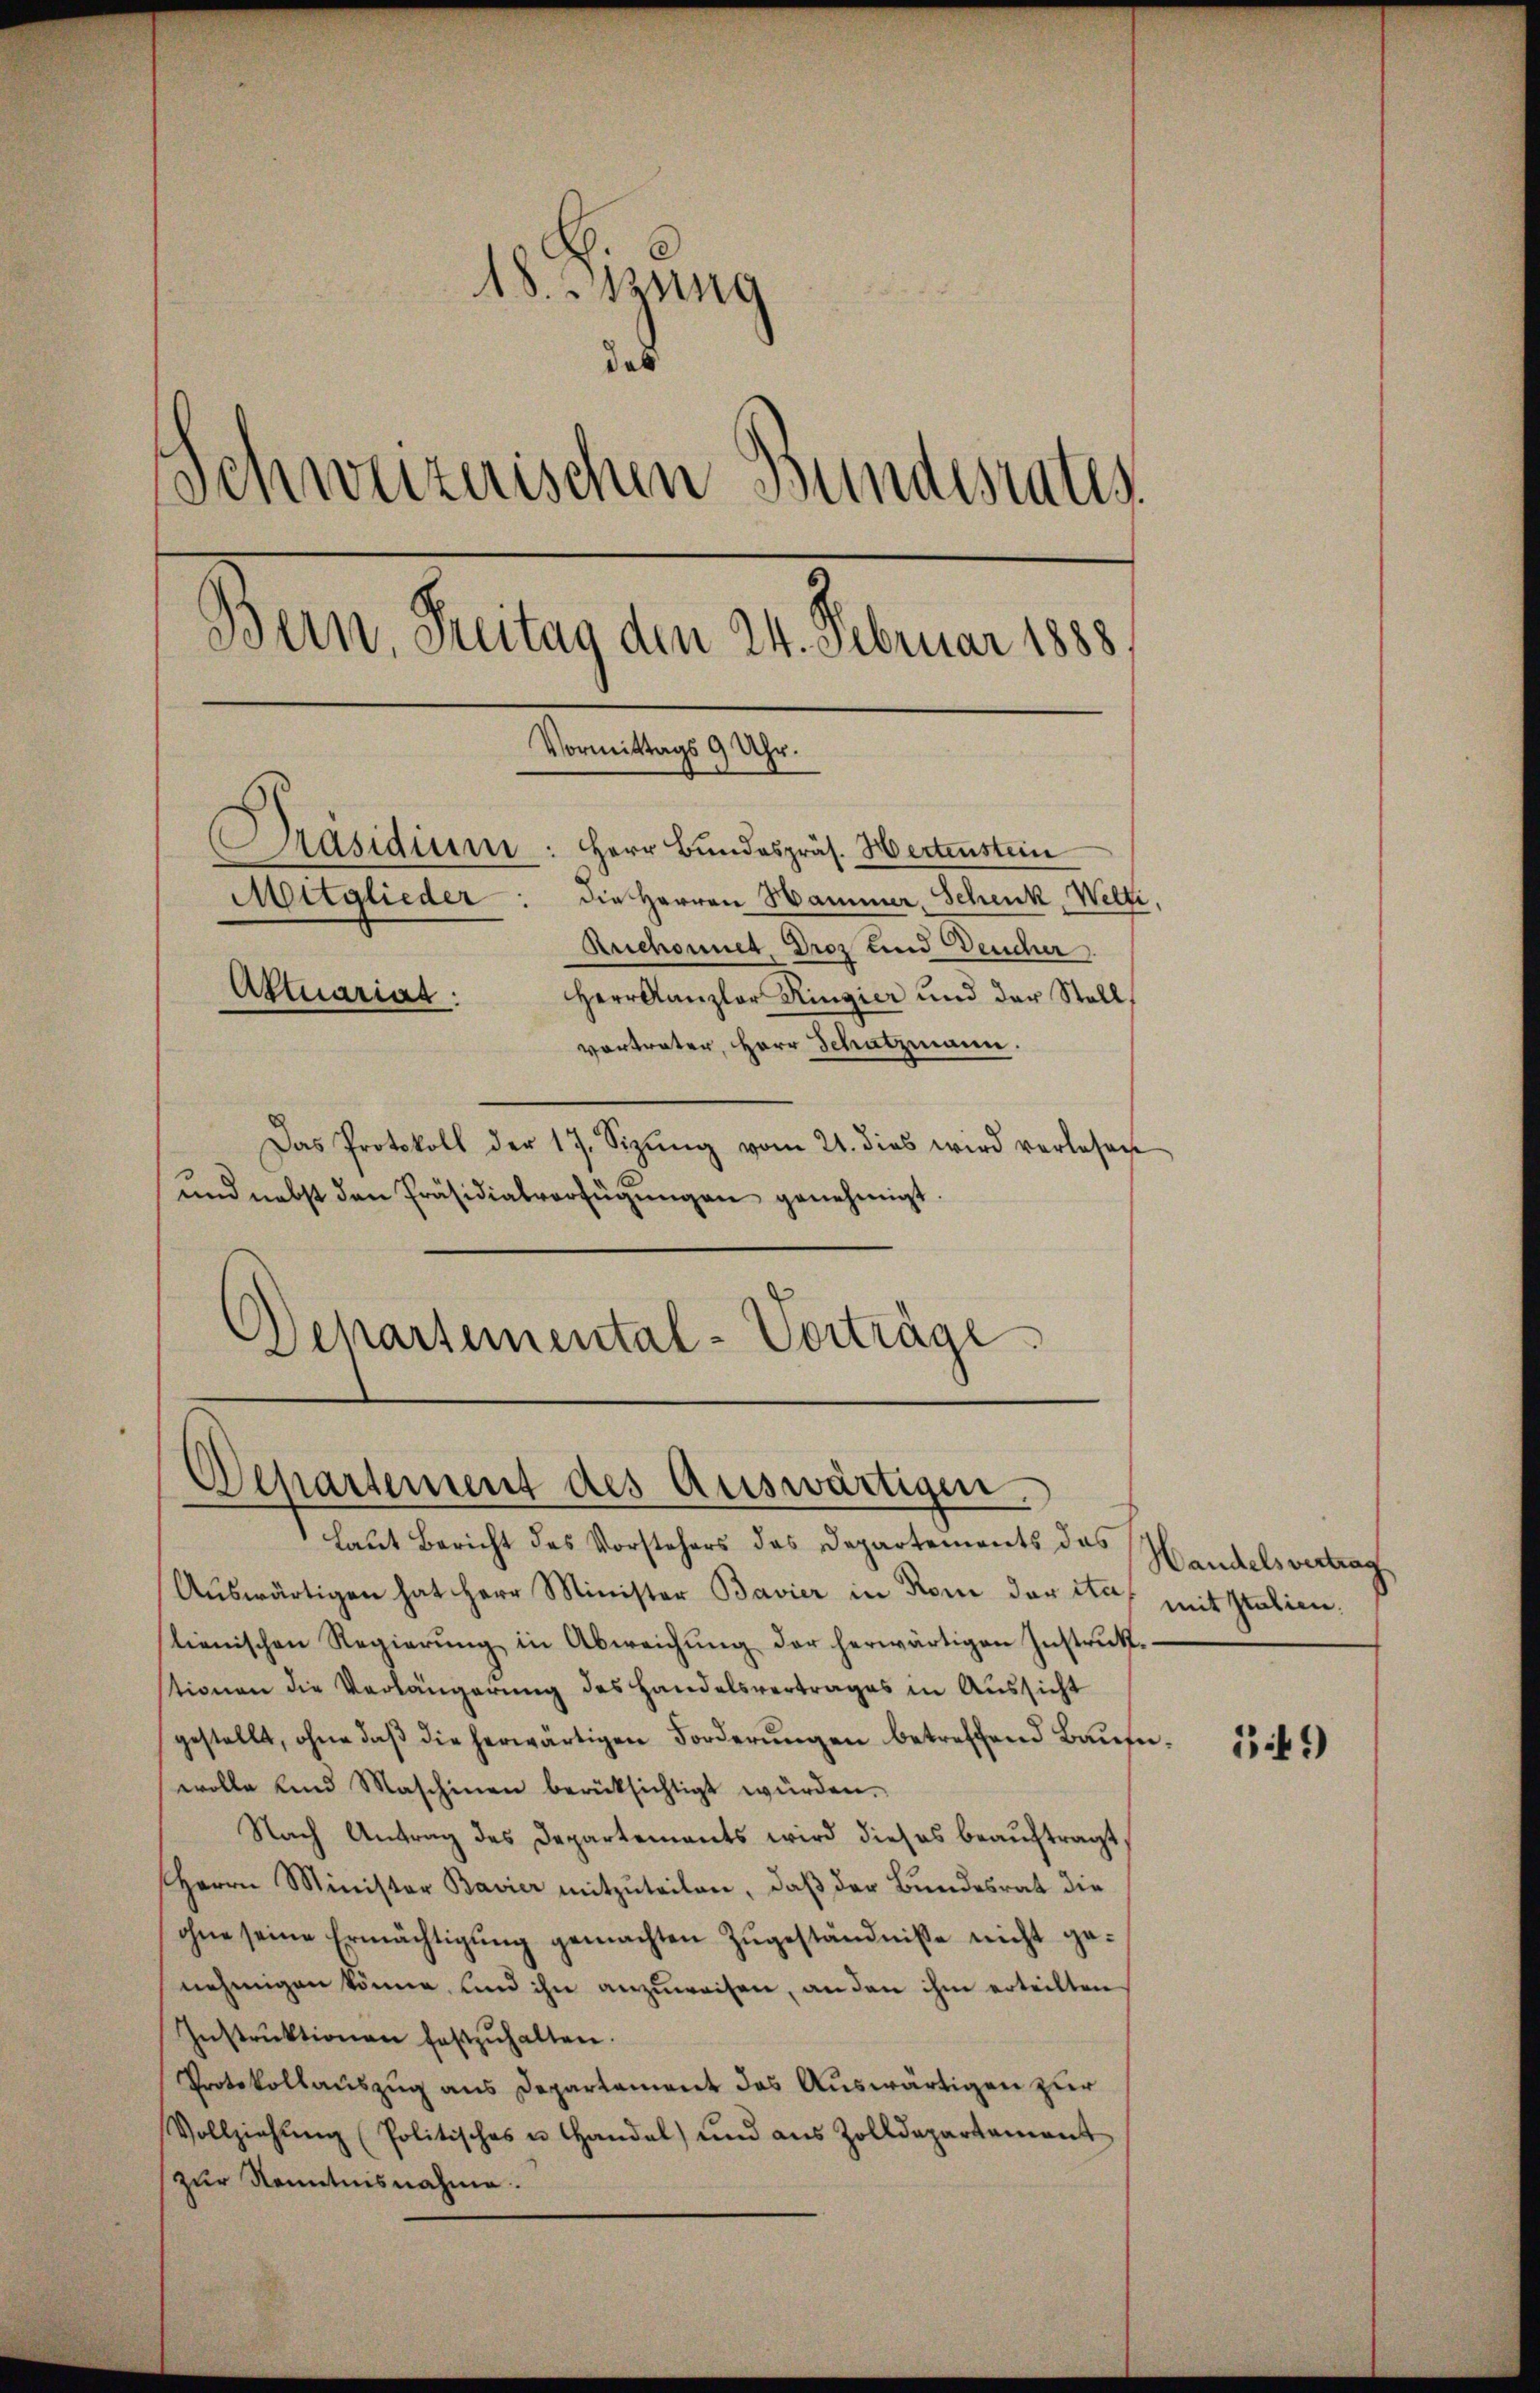
18. Jung
ind
Schweizerischen Bundesrates
Bern, Freitag den 24. Februar 1888
Vormittags 9 Uhr.
Präsidium
Herr Bundespräs. Hertenstein
Mitglieder: die Herren Hammer, Schenk, Welti,
Ruchonnet. Droz und Deucher
Aktuariat
Herr Kanzler Ringier und der Stell
vortrater, Herr Schatzmann.

Das Protokoll der 17. Sizŭng vom 21. dies wird verlesen
und nebst den Präsidialverfügŭngen genehmigt.
Departemental-Vorträge

Departement des Auswärtigen.
laut Bericht des Vorstehers das Departements das Handelsvertrag

Aŭswärtigen hat Herr Minister Bavier in Rom der ital mit Italien.
stienischen Regierŭng in Abweichŭng der herwärtigen Instruktionen die Verlängerung des Handelsvertrages in Aussicht
gestellt, ohne daβ die herwärtigen Forderungen betreffend Baufüwolle und Maschinen berücksichtigt würden.
Nach Antrag des Departements wird dieses beaŭftragt
Herrn Minister Bavier mitzŭteilen, daβ der Bundesrat die
ohne seine Ermächtigŭng gemachten Zugeständnisse nicht genehmigen könne, und ihn anzuweisen, an den ihm erteilten
Instrŭktionen festzŭhalten.
Protokollauszug aus Departement des Auswärtigen zur
Vollziehŭng (Politisches u Handel) und aus Zolldepartement
zur Kenntnisnahme.

149)